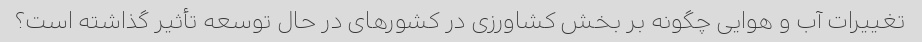
تغییرات آب و هوایی چگونه بر بخش کشاورزی در کشورهای در حال توسعه تأثیر گذاشته است؟